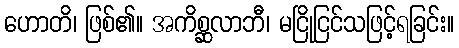
ဟောတိ၊ ဖြစ်၏။ အကိစ္ဆလာဘီ၊ မငြိုငြင်သဖြင့်ရခြင်း။